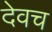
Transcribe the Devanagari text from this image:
देवच